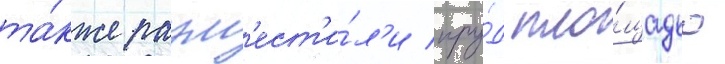
та́кже разм'ест'и́л'и пру́д пло́щадью